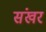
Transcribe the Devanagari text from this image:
संखर